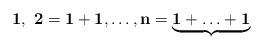
LaTeX: \begin{align*}\mathbf{1},\ \mathbf{2}=\mathbf{1}+\mathbf{1}, \ldots, \mathbf{n}=\underbrace{\mathbf{1}+\ldots+\mathbf{1}}_{}\end{align*}